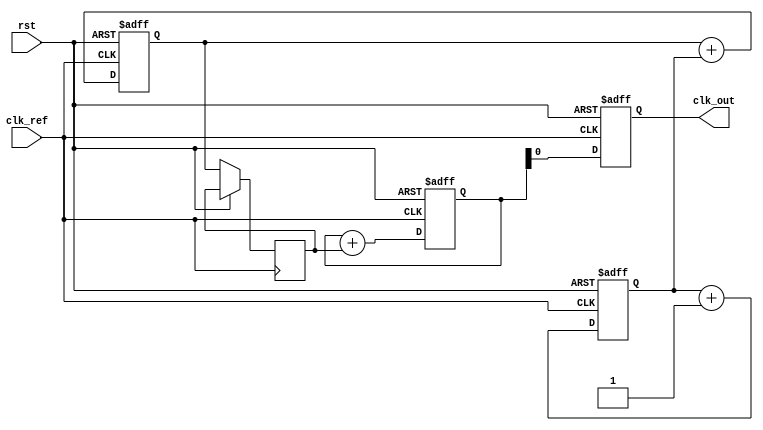
module pll (
    input wire clk_ref,       // Reference clock input
    input wire rst,           // Reset signal
    output wire clk_out       // Output clock signal
);

    // Signal declarations
    reg [15:0] phase_error;   // Phase error signal (example size)
    reg [15:0] filter_output;  // Loop filter output (example size)
    reg [15:0] vco_ctrl;       // Control voltage for VCO (example size)
    reg [15:0] vco_output;      // VCO output signal (example size)
    reg vco_enable;

    // Phase Detector
    always @(posedge clk_ref or posedge rst) begin
        if (rst) begin
            phase_error <= 16'b0;
        end else begin
            // Simplified phase comparison
            // A real implementation would require more sophisticated phase detection
            phase_error <= phase_error + 1; // Example phase error increment
        end
    end

    // Loop Filter (2nd order LPF)
    always @(posedge clk_ref or posedge rst) begin
        if (rst) begin
            filter_output <= 16'b0;
        end else begin
            filter_output <= filter_output + phase_error; // Example of a simple integrator in the loop filter
        end
    end

    // Voltage-Controlled Oscillator (VCO)
    always @(posedge clk_ref or posedge rst) begin
        if (rst) begin
            vco_output <= 16'b0;
        end else begin
            vco_ctrl <= filter_output; // Control voltage input from loop filter
            vco_output <= vco_output + vco_ctrl; // Example behavior (VCO output controlled by filter)
        end
    end

    // Generate output clock
    // Note: This is a simplistic approach. Actual implementation may involve frequency division
    always @(posedge clk_ref or posedge rst) begin
        if (rst) begin
            clk_out <= 1'b0;
        end else begin
            clk_out <= vco_output[0]; // Mapping VCO output to output clock
        end
    end

endmodule